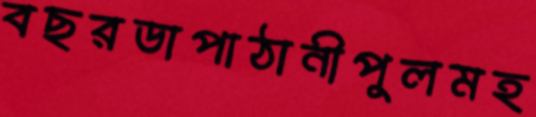
বছরডাপাঠানীপুলমহ